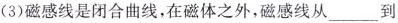
(3)磁感线是闭合曲线，在磁体之外，磁感线从___到